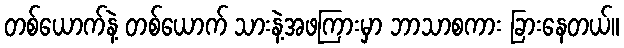
တစ်ယောက်နဲ့ တစ်ယောက် သားနဲ့အဖကြားမှာ ဘာသာစကား ခြားနေတယ်။